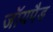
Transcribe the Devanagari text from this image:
जॉयपैड